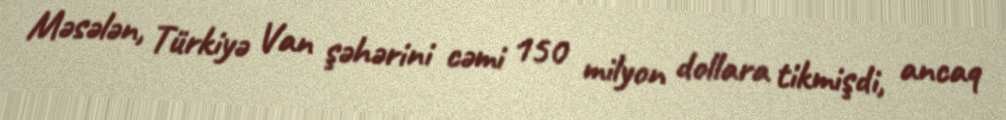
Məsələn, Türkiyə Van şəhərini cəmi 150 milyon dollara tikmişdi, ancaq